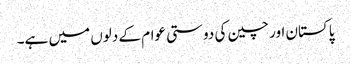
پاکستان اور چین کی دوستی عوام کے دلوں میں ہے۔